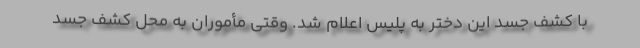
با کشف جسد این دختر به پلیس اعلام شد. وقتی مأموران به محل کشف جسد